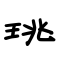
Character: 珧